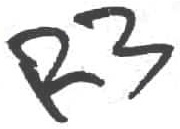
Text: R3